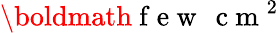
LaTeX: \boldmath{\mathrm{~f~e~w~\, ~c~m~}^{2}}